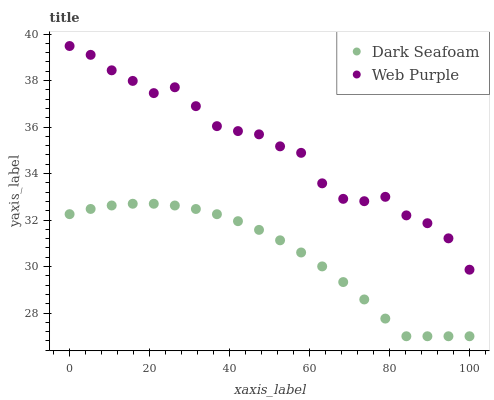
| xaxis_label | Dark Seafoam | Web Purple |
 | --- | --- | --- |
 | 0 | 32.3 | 39.5 |
 | 5.26 | 32.5 | 39.1 |
 | 10.5 | 32.6 | 38.4 |
 | 15.8 | 32.7 | 38 |
 | 21.1 | 32.7 | 37.5 |
 | 26.3 | 32.6 | 37.7 |
 | 31.6 | 32.5 | 36.9 |
 | 36.8 | 32.2 | 36 |
 | 42.1 | 32 | 35.8 |
 | 47.4 | 31.6 | 35.7 |
 | 52.6 | 31.1 | 35.2 |
 | 57.9 | 30.6 | 34.9 |
 | 63.2 | 30 | 33.6 |
 | 68.4 | 29.3 | 32.9 |
 | 73.7 | 28.6 | 32.8 |
 | 78.9 | 27.8 | 33 |
 | 84.2 | 27 | 32.2 |
 | 89.5 | 27 | 31.9 |
 | 94.7 | 27 | 31.2 |
 | 100 | 27 | 29.9 |